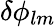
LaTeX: \delta\phi_{lm}